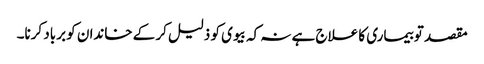
مقصد تو بیماری کا علاج ہے نہ کہ بیوی کو ذلیل کر کے خاندان کو برباد کرنا۔